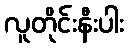
လူတိုင်းနီးပါး